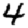
Digit: 4